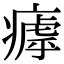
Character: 𤹣